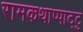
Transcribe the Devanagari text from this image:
रामकथाप्पाट्टु